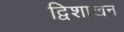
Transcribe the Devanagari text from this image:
द्विशाखन